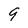
Character: 9